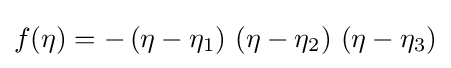
f(\eta )=-\left(\eta -\eta _{1}\right)\,\left(\eta -\eta _{2}\right)\,\left(\eta -\eta _{3}\right)